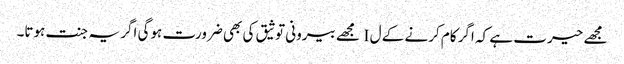
مجھے حیرت ہے کہ اگر کام کرنے کے ل I مجھے بیرونی توثیق کی بھی ضرورت ہوگی اگر یہ جنت ہوتا۔